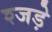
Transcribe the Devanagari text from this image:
श्जड़े